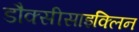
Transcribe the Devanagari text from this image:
डौक्सीसाइक्लिन